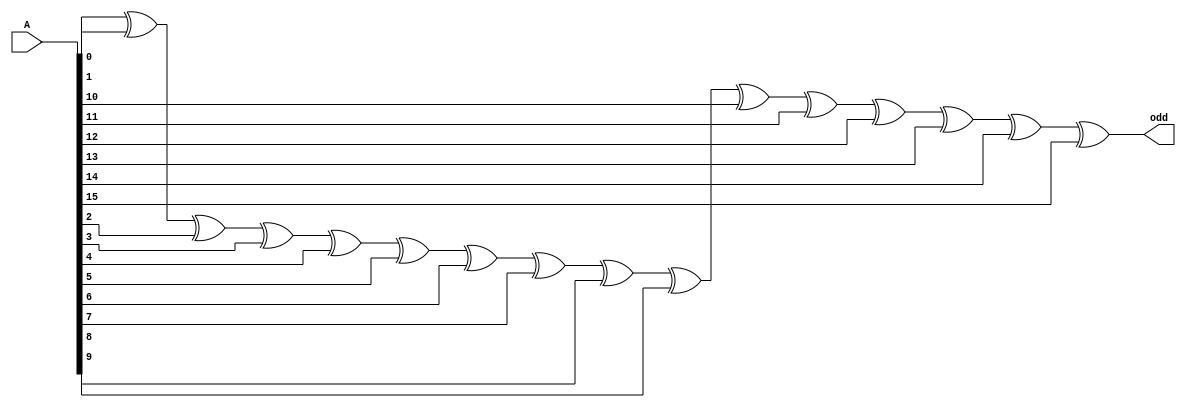
module OddParity16Bit(
	input [15:0] A,
	output odd
);

	assign odd = A[0]^A[1]^A[2]^A[3]^A[4]^A[5]^A[6]^A[7]^A[8]^A[9]^A[10]^A[11]^A[12]^A[13]^A[14]^A[15];

endmodule